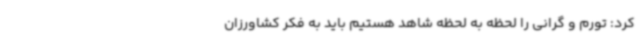
کرد: تورم و گرانی را لحظه به لحظه شاهد هستیم باید به فکر کشاورزان